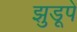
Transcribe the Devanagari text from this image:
झुडूपे